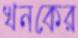
খনকের